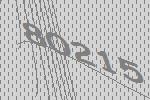
80215